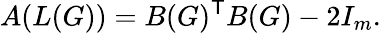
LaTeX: A(L(G))=B(G)^{\textsf{T}}B(G)-2I_{m}.